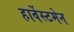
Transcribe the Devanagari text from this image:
हार्वेस्टमेन